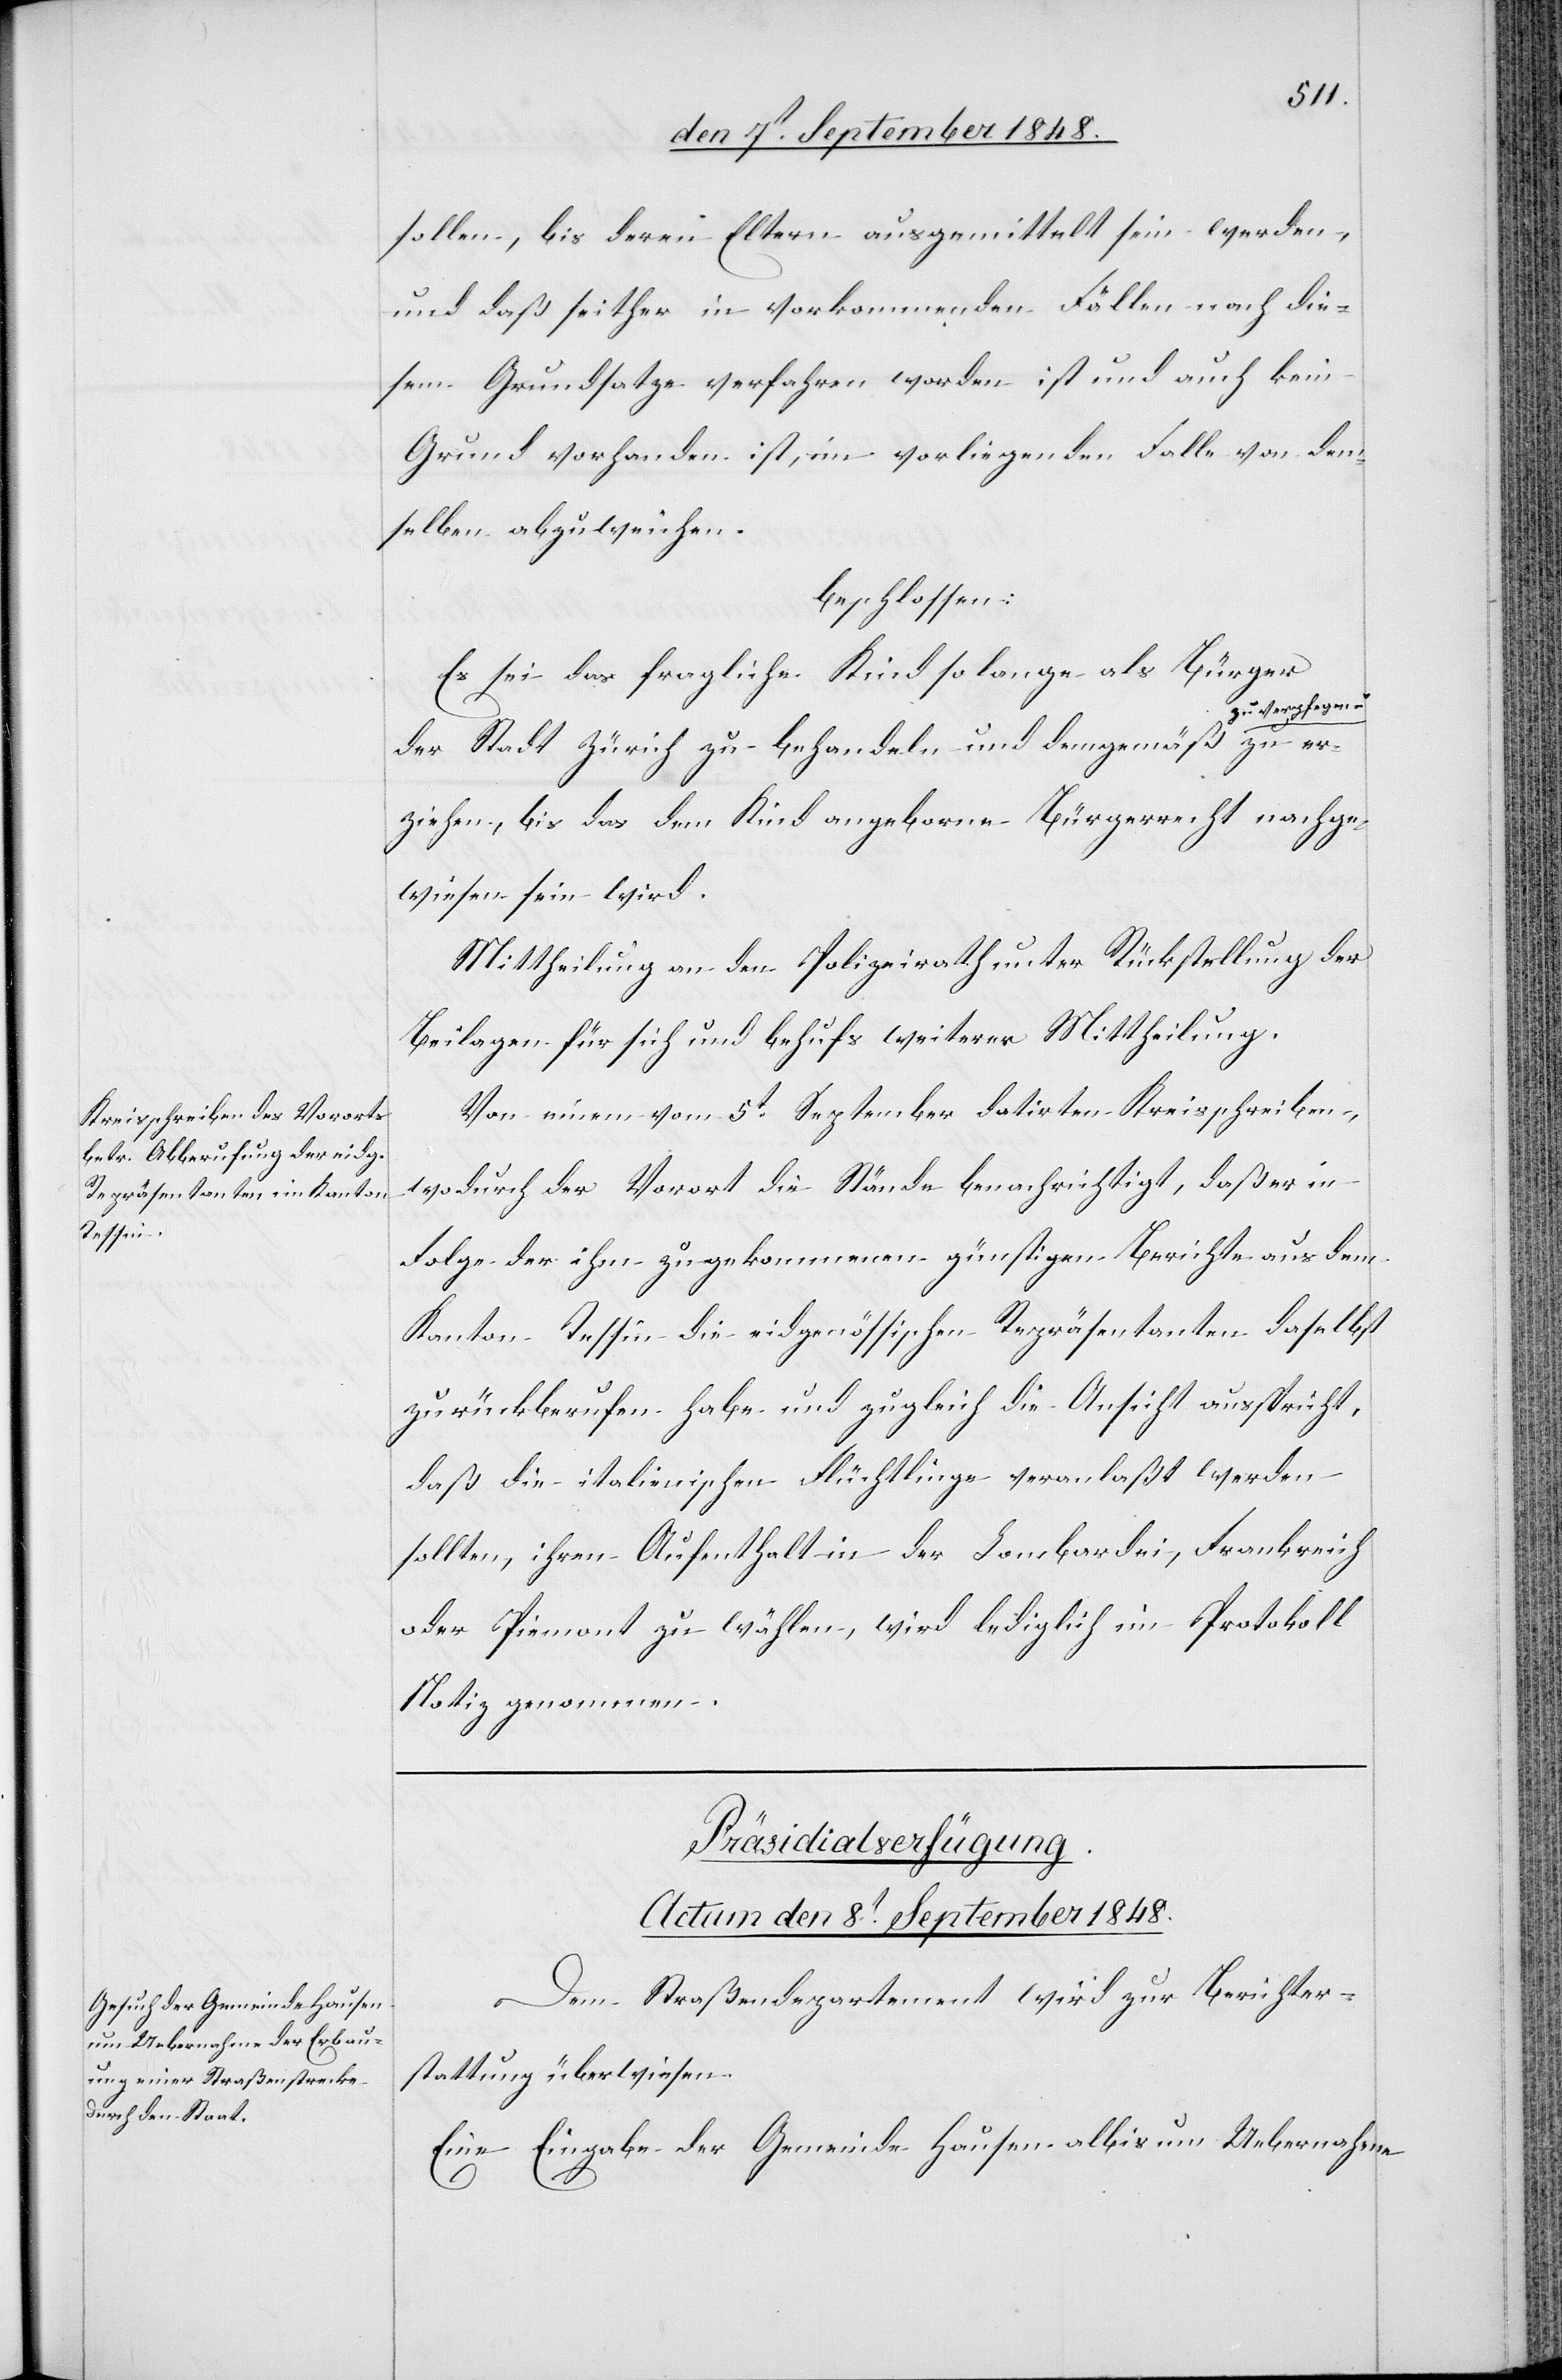
pfegn.

sollen, bis deren Eltern ausgemittelt sein werden,
und daß seither in vorkommenden Fällen nach die¬
sem Grundsatze verfahren worden ist und auch kein
Grund vorhanden ist, im vorliegenden Falle von dem¬
selben abzuweichen.
beschlossen:
Es sei das fragliche Kind so lange als Bürger
der Stadt Zürich zu behandeln und demgemäß zu ver¬
erziehen, bis das dem Kind angeborne Bürgerrecht nachge¬
wiesen sein wird.
Mittheilung an den Polizeirath unter Rückstellung der
Beilagen für sich und behufs weiterer Mittheilung.
Von einem vom 5t September datirten Kreisschreiben,
wodurch der Vorort die Stände benachrichtigt, daß er in
Folge der ihm zugekommenen günstigen Berichte aus dem
Kanton Tessin die eidgenössischen Repräsentanten daselbst
zurückberufen habe und zugleich die Ansicht ausspricht,
daß die italienischen Flüchtlinge veranlaßt werden
sollten, ihren Aufenthalt in der Lombardei, Frankreich
oder Piemont zu wählen, wird lediglich im Protokoll
Notiz genommen.
Präsidialverfügung.
Actum den 8t September 1848.
Dem Straßendepartement wird zur Berichter¬
stattung überwiesen.
Eine Eingabe der Gemeinde Hausen-albis um Uebernahme